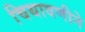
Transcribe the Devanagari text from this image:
चिथावणीने